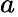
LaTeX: a_{}